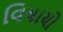
વિષાયો